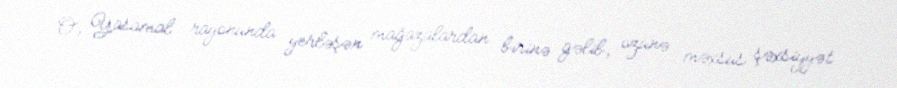
O, Yasamal rayonunda yerləşən mağazalardan birinə gəlib, özünə məxsus şəxsiyyət